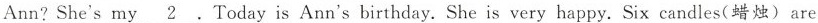
Ann? She's my \underline{2}. Today is Ann's birthday. She is very happy. Six candles(蜡烛) are